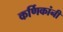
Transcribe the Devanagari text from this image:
कर्णिकांनी